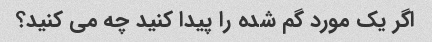
اگر یک مورد گم شده را پیدا کنید چه می کنید؟